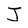
Character: J